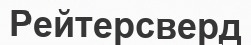
Рейтерсверд